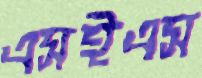
এসইএস